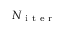
N _ { \mathrm { ~ i ~ t ~ e ~ r ~ } }